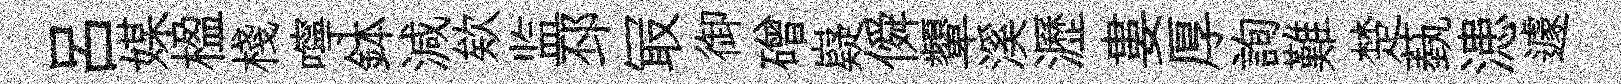
呂媒楹棧嚀鉢減欸监邳冣御磳嶷僢顰溪瀝婁厚詢難楚蓺漶遽